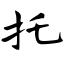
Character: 托